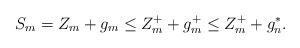
LaTeX: \begin{gather*} S_m=Z_m+g_m\le Z_m^++g_m^+\le Z_m^++g_n^*.\end{gather*}